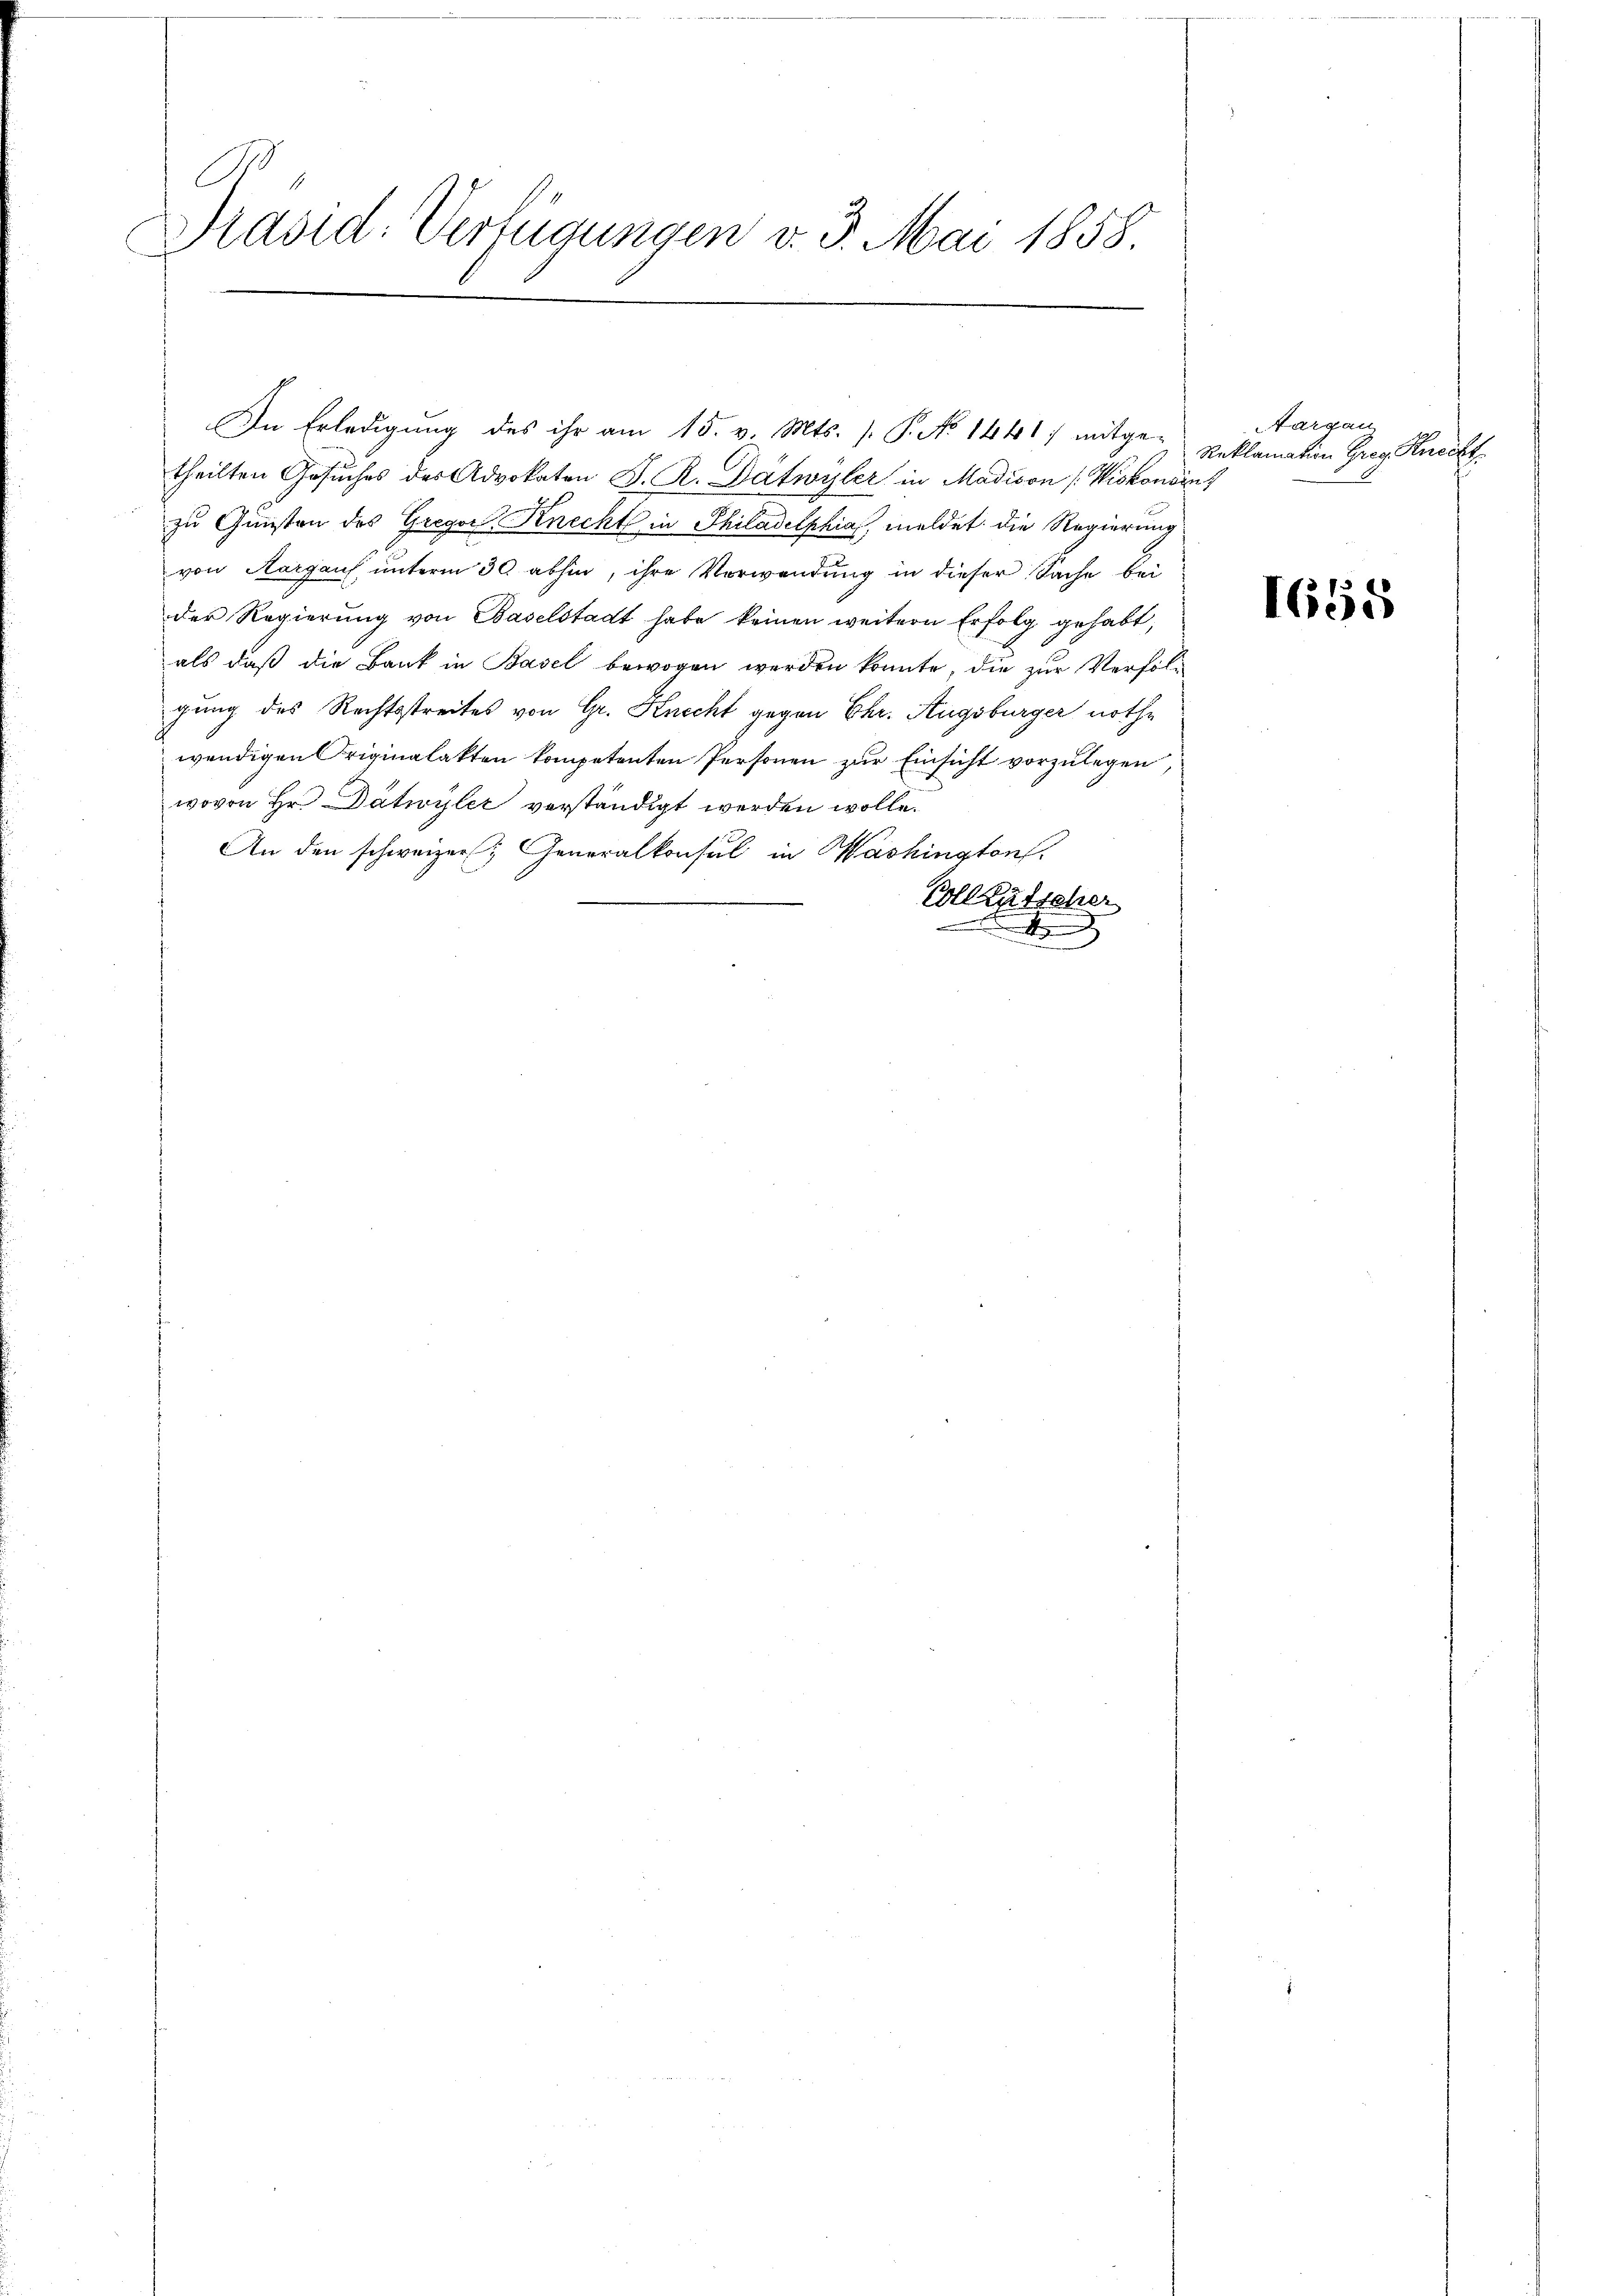
Präsid: Verfügungen v. 3. Mai 1858

In Erledigung des ihr am 15. v. Mts. f. P. No 1441, mitge-
theilten Gesuches des Advokaten J. R. Batwyler in Madison (Viskonsin
zu Gunsten des Gregor Knecht in Philadelphia meldet die Regierung
von Aargau unterm 30. abhin, ihre Verwendung in dieser Sache bei
der Regierung von Baselstadt habe keinen weitern Erfolg gehabt,
als daß die Bank in Basel bewogen werden konnte, die zur Verfolgung des Rechtsstreites von Gr. Knecht gegen Ehr. Augsburger nothwendigen Originalakten kompetenten Personen zur Einsicht vorzulegen,
wovon Hr. Dätwyler verständigt werden wolle.
An den schweizer Generalkonsul in Washington
Vollkutscher
d

Nargau
Reklamation Greg Knecht

1658